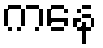
ကနေ